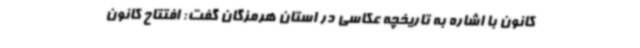
کانون با اشاره به تاریخچه عکاسی در استان هرمزگان گفت: افتتاح کانون